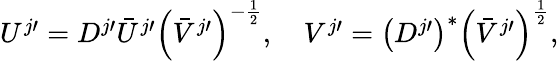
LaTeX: \begin{array}{r}{U^{j\prime}=D^{j\prime}\bar{U}^{j\prime}\left(\bar{V}^{j\prime}\right)^{-\frac{1}{2}},\quad V^{j\prime}=\left(D^{j\prime}\right)^{*}\left(\bar{V}^{j\prime}\right)^{\frac{1}{2}},}\end{array}